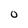
Character: O